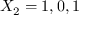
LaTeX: X _ { 2 } = 1 , 0 , 1